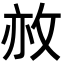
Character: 𢼜